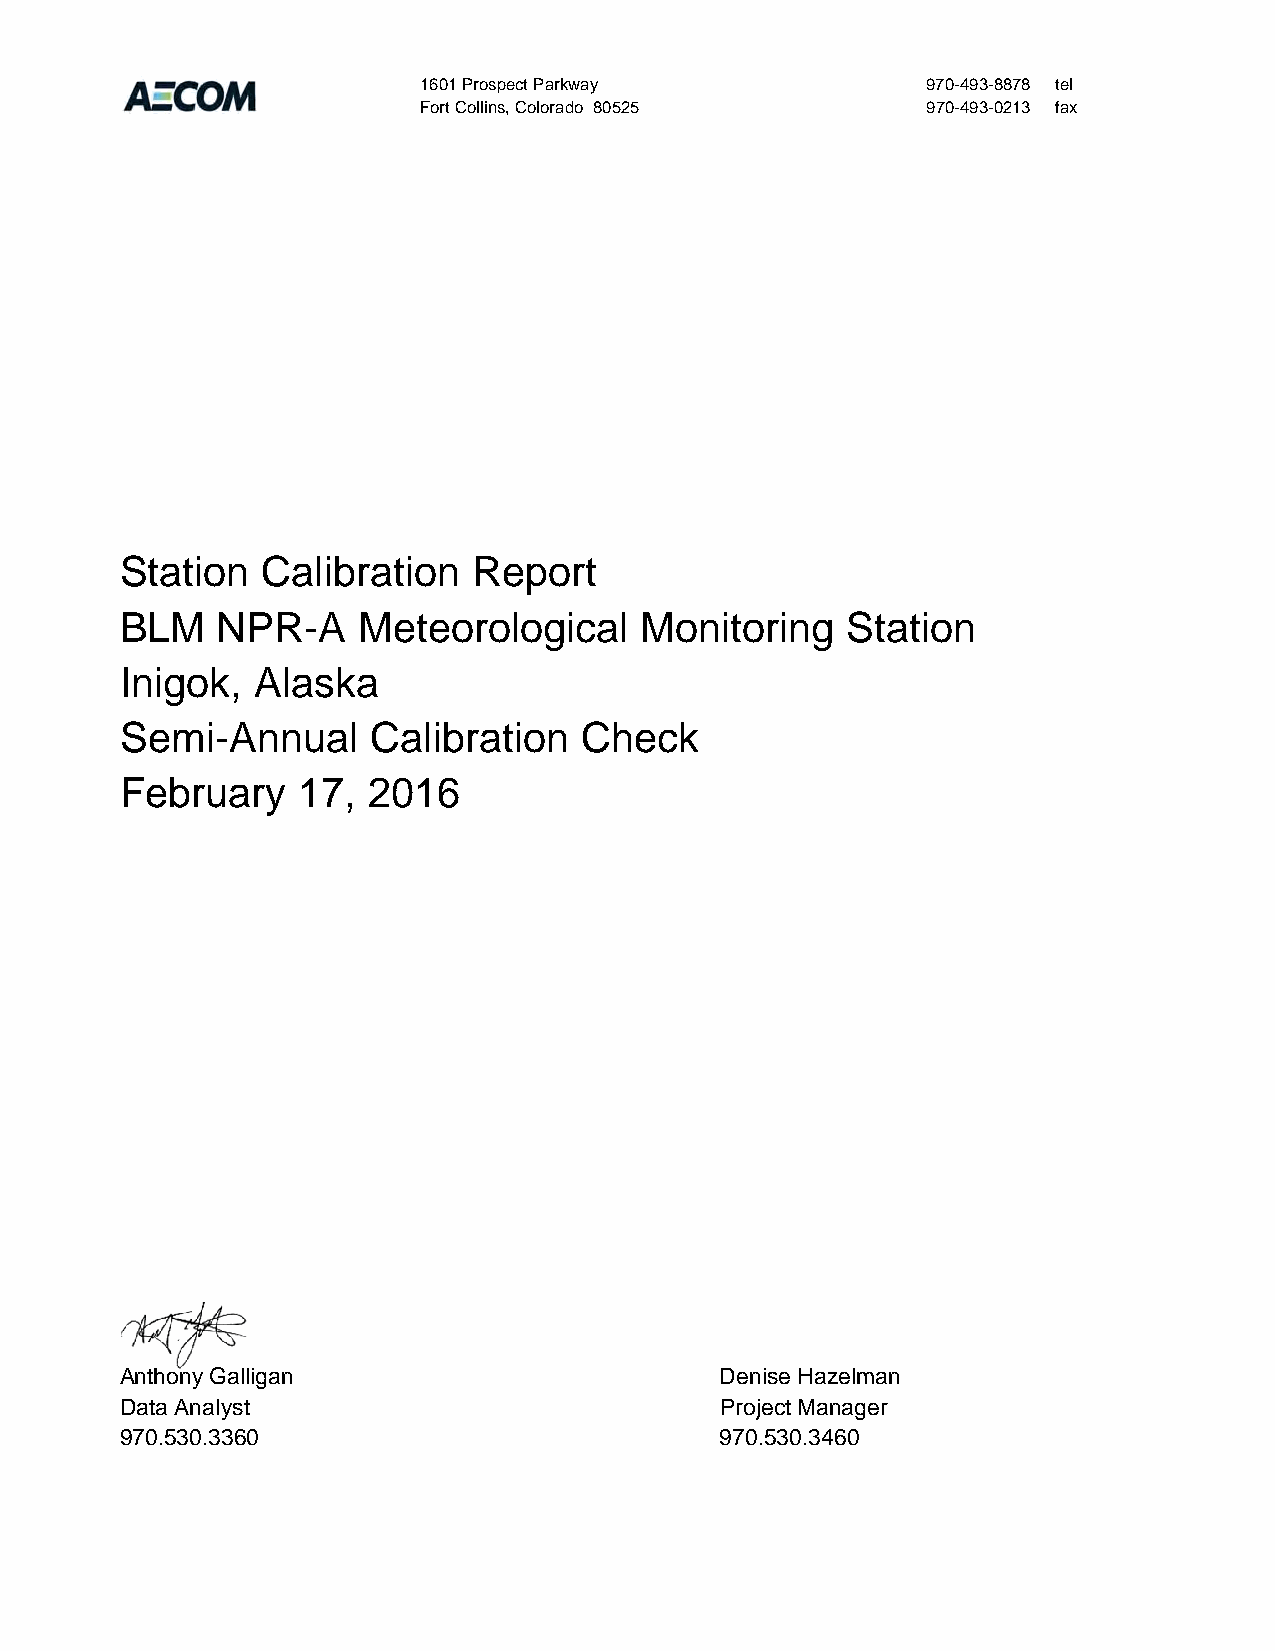
1601 Prospect Parkway            970-493-8878 tel
 Fort Collins, Colorado 80525     970-493-0213 fax
 Station  Calibration   Report
 BLM   NPR-A     Meteorological    Monitoring    Station
 Inigok,  Alaska
 Semi-Annual     Calibration   Check
 February    17, 2016
 Anthony Galligan                        Denise Hazelman
 Data Analyst                            Project Manager
 970.530.3360                            970.530.3460